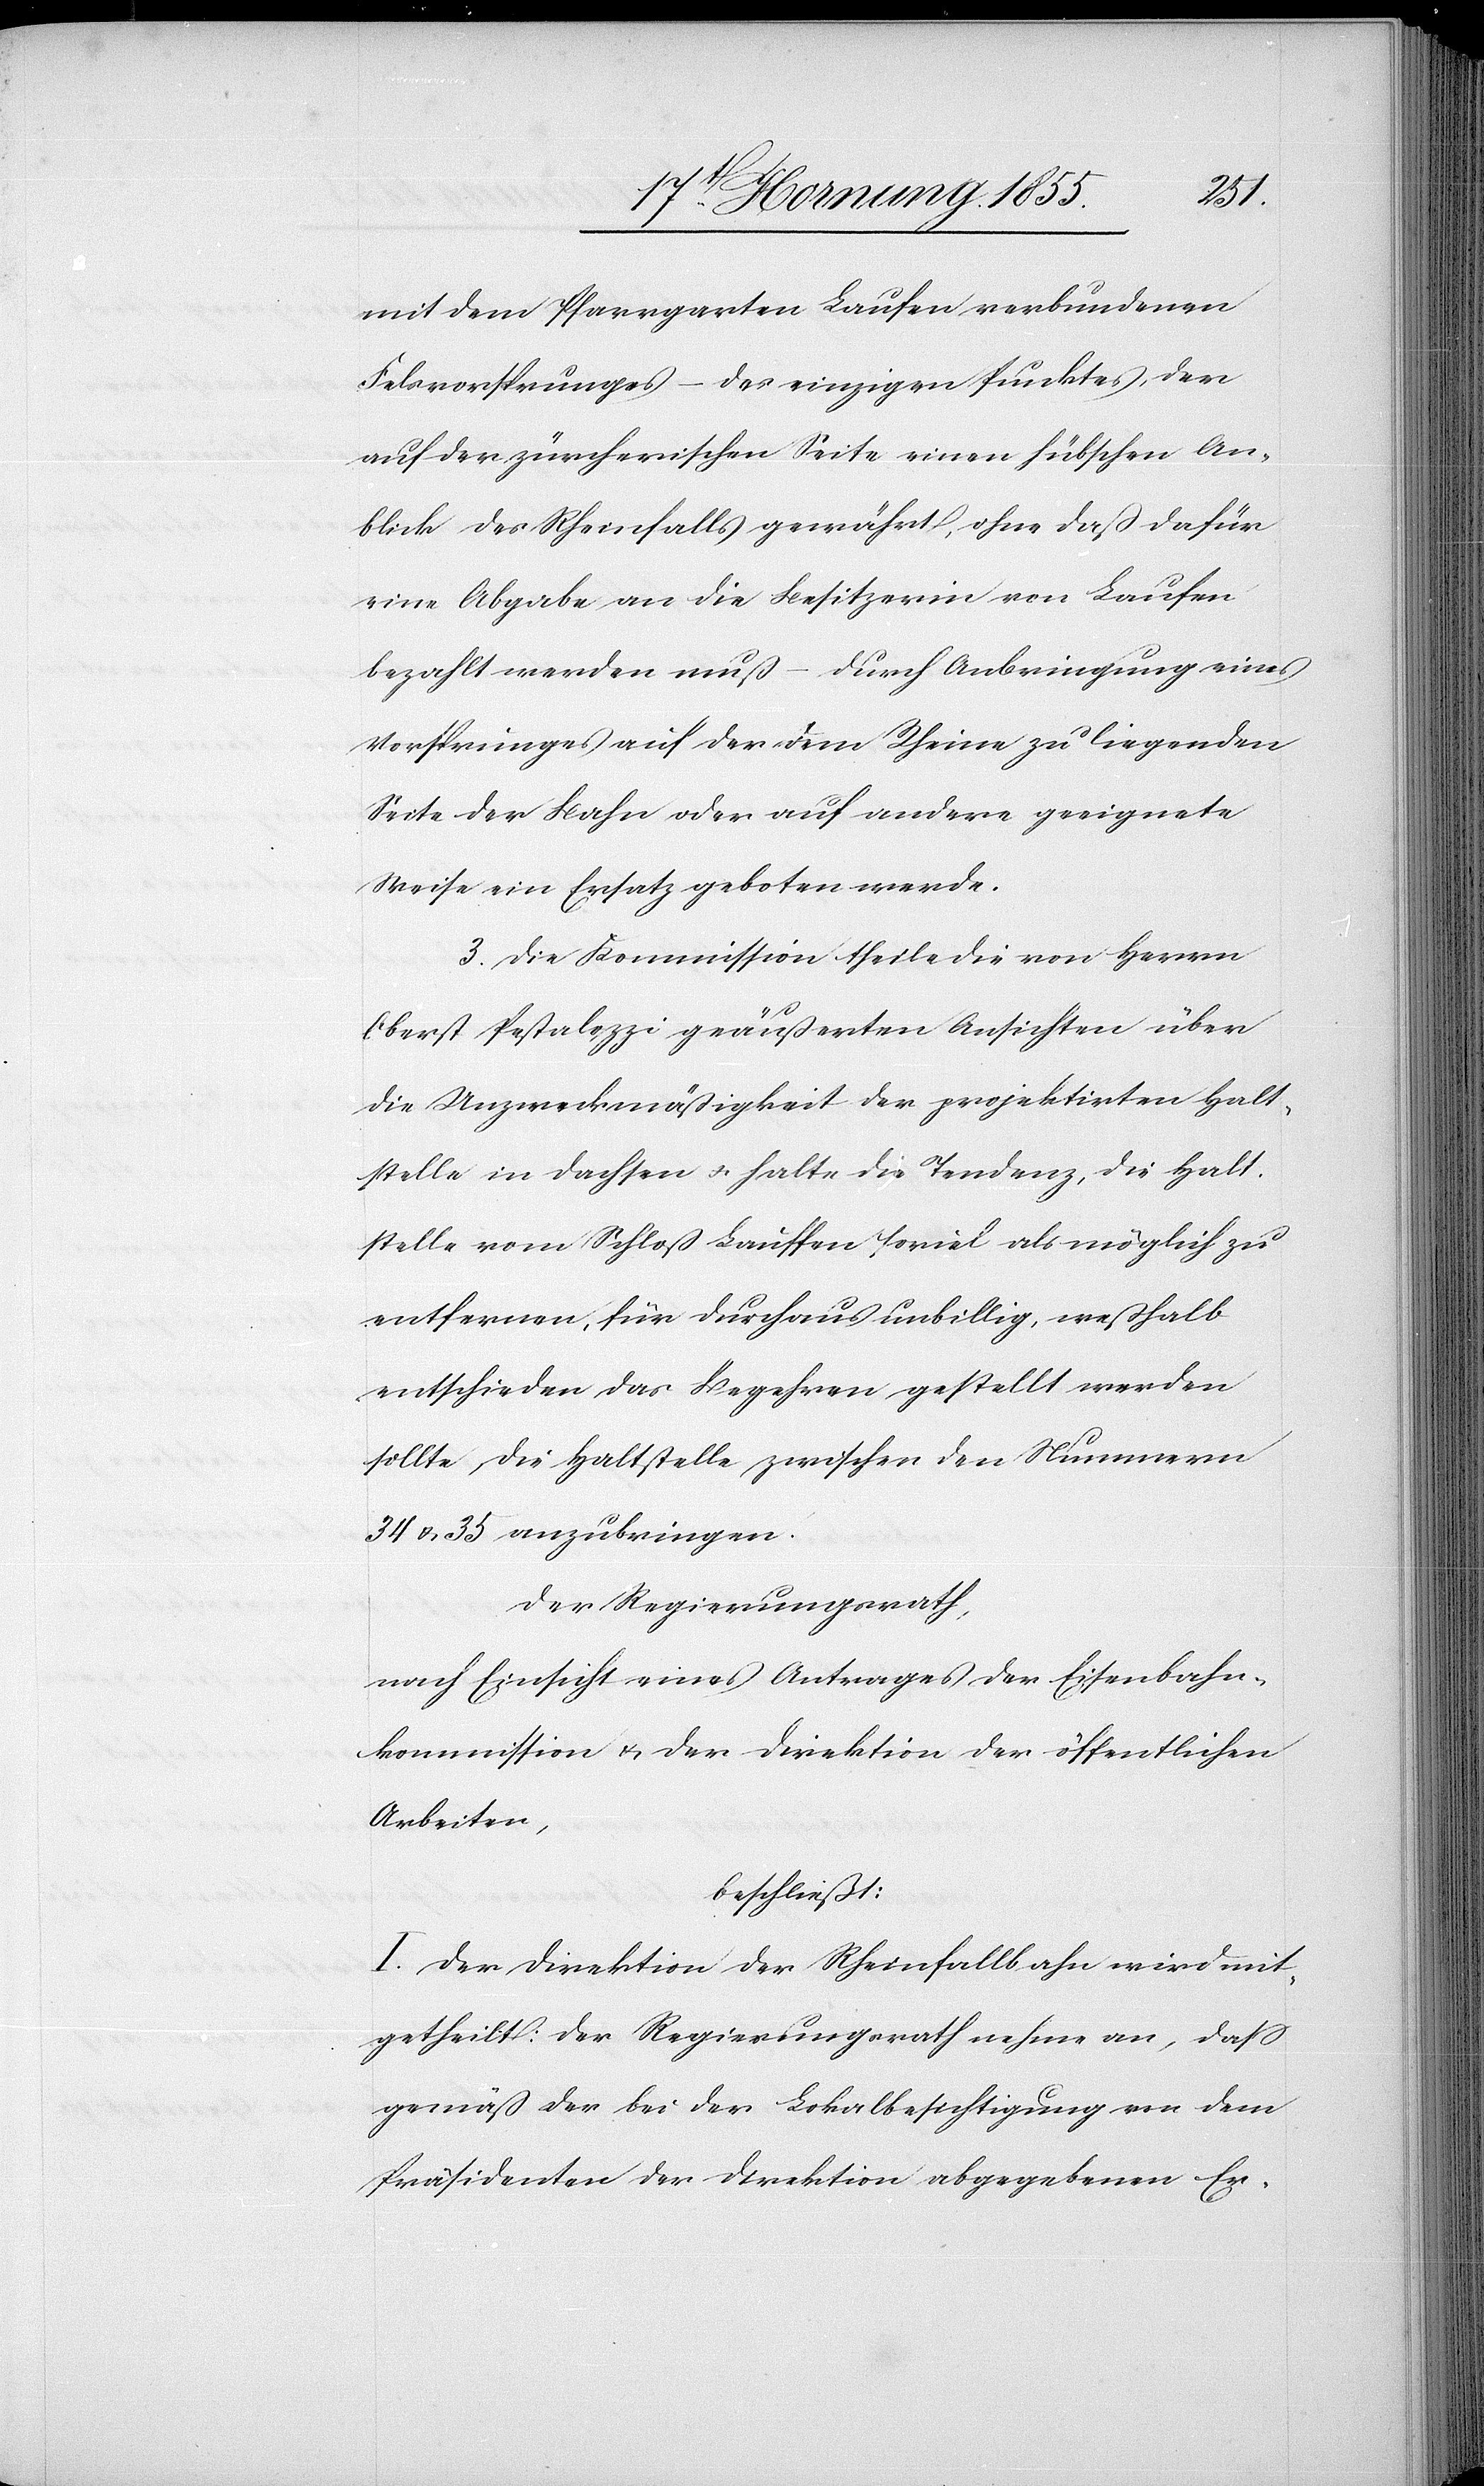
mit dem Pfarrgarten Laufen verbundenen
Felsvorsprunges – des einzigen Punktes, der
auf der zürcherischen Seite einen hübschen An¬
blick des Rheinfalls gewährt, ohne daß dafür
eine Abgabe an die Besitzerin von Laufen
bezahlt werden muß – durch Anbringung eines
Vorsprunges auf der dem Rheine zu liegenden
Seite der Bahn oder auf andere geeignete
Weise ein Ersatz geboten werde.
3. Die Kommission theile die von Herrn
Oberst Pestalozzi geäußerten Ansichten über
die Unzweckmäßigkeit der projektirten Halt¬
stelle in Dachsen & halte die Tendenz, die Halt¬
stelle vom Schloß Lauffen soviel als möglich zu
entfernen, für durchaus unbillig, weßhalb
entschieden das Begehren gestellt werden
sollte, die Haltstelle zwischen den Nummern
34 & 35 anzubringen.
Der Regierungsrath,
nach Einsicht eines Antrages der Eisenbahn¬
kommission & der Direktion der öffentlichen
Arbeiten,
beschließt:
I. Der Direktion der Rheinfallbahn wird mit¬
getheilt: Der Regierungsrath nehme an, dass
gemäß der bei der Lokalbesichtigung von dem
Präsidenten der Direktion abgegebenen Er-